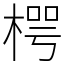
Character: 㮙